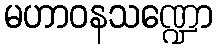
မဟာဝနသဏ္ဍော